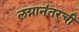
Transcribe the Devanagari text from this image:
लग्नानंतरची